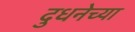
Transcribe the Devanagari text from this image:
दुधनेच्या